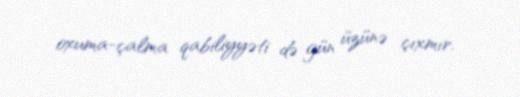
oxuma-çalma qabiliyyəti də gün üzünə çıxmır.